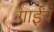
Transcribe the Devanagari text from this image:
गाईंचं